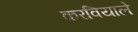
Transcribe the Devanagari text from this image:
करवियाले